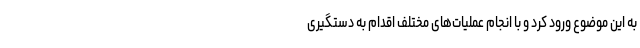
به این موضوع ورود کرد و با انجام عملیات‌های مختلف اقدام به دستگیری